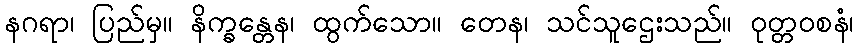
နဂရာ၊ ပြည်မှ။ နိက္ခန္တေန၊ ထွက်သော။ တေန၊ သင်သူဌေးသည်။ ဝုတ္တဝစနံ၊